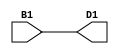
module main (input  B1, output  D1);
assign D1 = B1;
endmodule